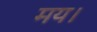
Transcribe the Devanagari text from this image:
मय।